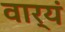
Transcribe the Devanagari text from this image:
वार्यं